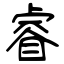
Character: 睿